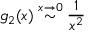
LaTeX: g _ { 2 } ( x ) \stackrel { x \to 0 } { \sim } \frac { 1 } { x ^ { 2 } }